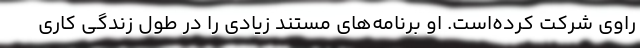
راوی شرکت کرده‌است. او برنامه‌های مستند زیادی را در طول زندگی کاری